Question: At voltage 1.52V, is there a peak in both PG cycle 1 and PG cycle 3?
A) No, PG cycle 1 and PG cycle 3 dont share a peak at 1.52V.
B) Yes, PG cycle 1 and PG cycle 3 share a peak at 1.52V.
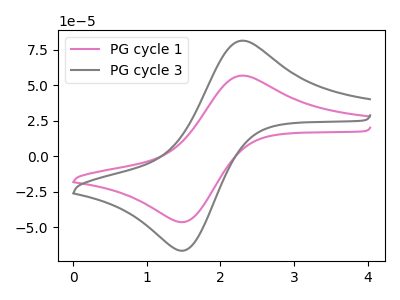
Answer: <think>The pink curve "PG cycle 1" has an anodic peak at (2.30V, 56.80uA) and a cathodic peak at (1.50V, -46.20uA). The gray curve "PG cycle 3" has an anodic peak at (2.30V, 81.45uA) and a cathodic peak at (1.50V, -66.25uA).</think>
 <answer>B) Yes, "PG cycle 1" and "PG cycle 3" share a peak at 1.52V.</answer>
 <eval>B</eval>